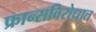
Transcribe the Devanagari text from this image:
फ्रान्सविरोधात